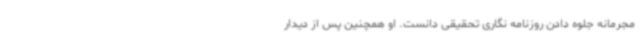
مجرمانه جلوه دادن روزنامه نگاری تحقیقی دانست. او همچنین پس از دیدار